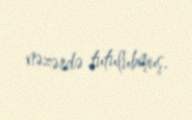
nəzərdə tutulubmuş.